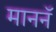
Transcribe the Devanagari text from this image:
माननॅ